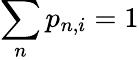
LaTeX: \sum_{n}p_{n,i}=1